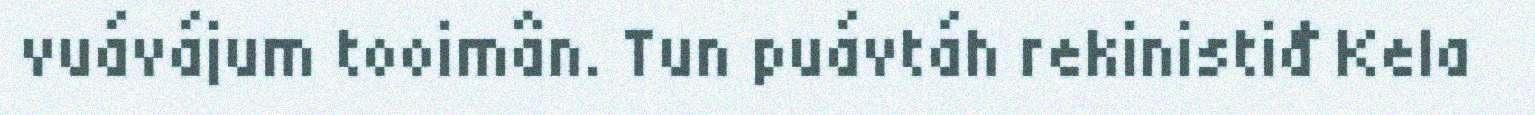
vuávájum tooimân. Tun puávtáh rekinistiđ Kela